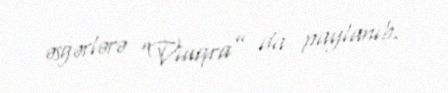
əsgərlərə “Viaqra” da paylanıb.